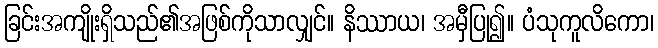
ခြင်းအကျိုးရှိသည်၏အဖြစ်ကိုသာလျှင်။ နိဿာယ၊ အမှီပြု၍။ ပံသုကူလိကော၊